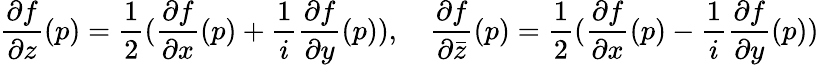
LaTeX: \frac{\partial f}{\partial z}(p)=\frac{1}{2}(\frac{\partial f}{\partial x}(p)+\frac{1}{i}\frac{\partial f}{\partial y}(p)),\quad\frac{\partial f}{\partial\bar{z}}(p)=\frac{1}{2}(\frac{\partial f}{\partial x}(p)-\frac{1}{i}\frac{\partial f}{\partial y}(p))